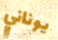
يوناني